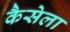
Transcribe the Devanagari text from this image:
कैसेला